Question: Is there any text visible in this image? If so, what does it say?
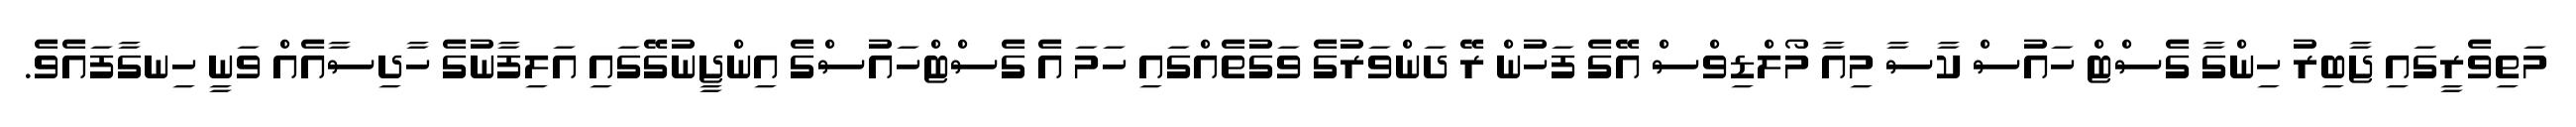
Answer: މަތިވެރީގައި ޖާބިރު ހިންގާ ގެސްޓް ހައުސް ކާސާ މިއާ މޯލްޑިވްސް އޭގެ ފަހުން ރޭ ދަންވަރުގެ ވަގުތެއްގައި ހަމަ އެ ގެސްޓްހައުސްގެ އިންޖީނުގޭގައި އަލިފާނުގެ ހާދިސާއެއް ވަނީ ހިނގާފައެވެ.